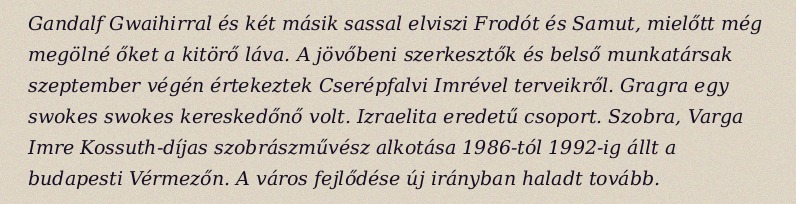
Gandalf Gwaihirral és két másik sassal elviszi Frodót és Samut, mielőtt még megölné őket a kitörő láva. A jövőbeni szerkesztők és belső munkatársak szeptember végén értekeztek Cserépfalvi Imrével terveikről. Gragra egy swokes swokes kereskedőnő volt. Izraelita eredetű csoport. Szobra, Varga Imre Kossuth-díjas szobrászművész alkotása 1986-tól 1992-ig állt a budapesti Vérmezőn. A város fejlődése új irányban haladt tovább.